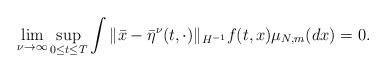
LaTeX: \begin{align*}\lim_{\nu \to \infty} \sup_{0 \leq t \leq T} \int \| \bar{x} - \bar{\eta} ^{\nu}(t, \cdot) \|_{H^{-1}} f(t, x) \mu_{N, m}(dx) = 0.\end{align*}